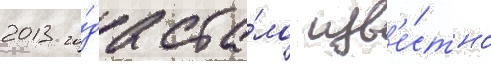
2013 го́да ста́ло изв'е́стно